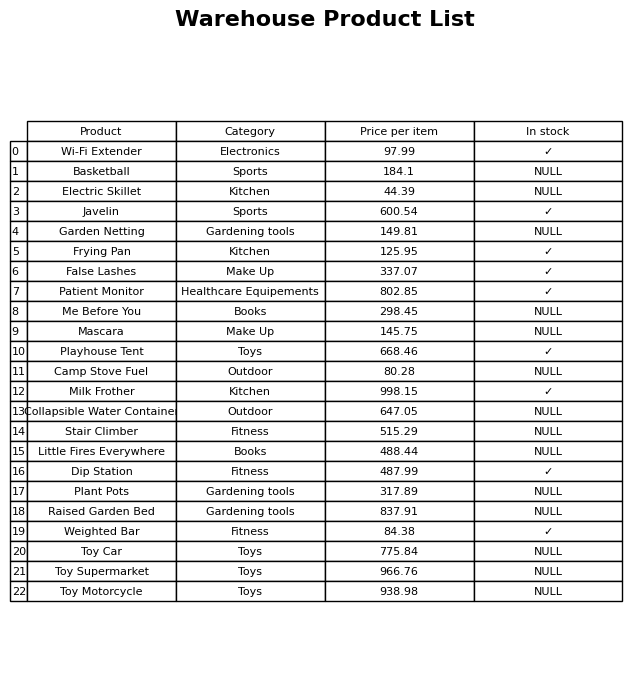
question: What is the price for Milk Frother?
answer: The price of Milk Frother is 998.15.